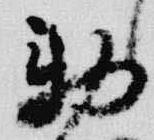
勅